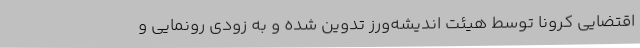
اقتضایی کرونا توسط هیئت اندیشه‌ورز تدوین شده و به زودی رونمایی و